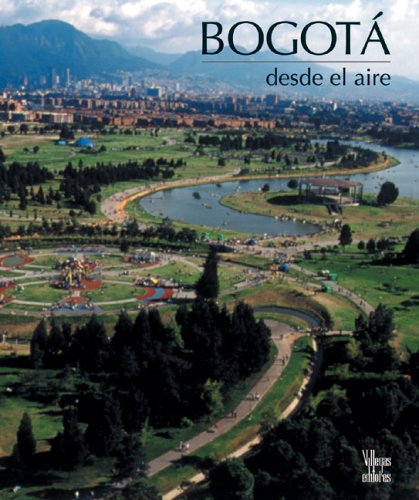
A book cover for Bogota desde el aire; Benjamin Villegas; Travel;